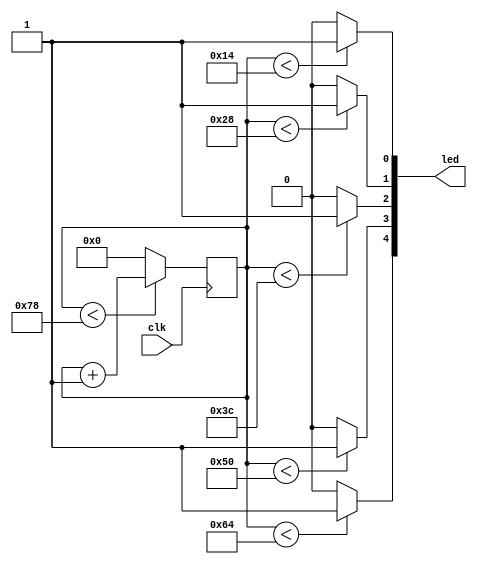
`timescale 1ns / 1ps
//////////////////////////////////////////////////////////////////////////////////
// Company: 
// Engineer: 
// 
// Design Name: 
// Module Name:    pwm-moreled 
// Project Name: 
// Target Devices: 
// Tool versions: 
// Description: 
//
// Dependencies: 
//
// Revision: 
// Revision 0.01 - File Created
// Additional Comments: 
//
//////////////////////////////////////////////////////////////////////////////////
module pwm_moreled(
    input clk,
    output [4:0]led
    );
reg [0:7] counter=0;
always@(posedge clk)
begin
	 if(counter<120)
	   counter=counter+1;
	 else
	    counter=0;
end
assign led[0]=(counter<20)?1:0;
assign led[1]=(counter<40)?1:0;
assign led[2]=(counter<60)?1:0;
assign led[3]=(counter<80)?1:0;
assign led[4]=(counter<100)?1:0;



endmodule